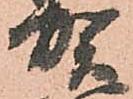
賀